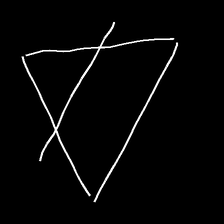
Glyph: empower